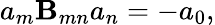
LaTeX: a_{m}\mathbf{B}_{mn}a_{n}=-a_{0},